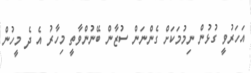
އަހަރުވީ ގުޅުން ނިމުމަކަށް ގެންނަން ސުޒާން ބޭނުންވާތީ މިހާރު އެ ދެ މީހުން